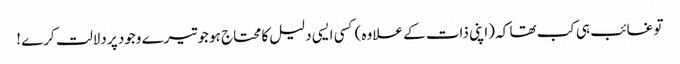
تو غائب ہی کب تھا کہ (اپنی ذات کے علاوہ) کسی ایسی دلیل کا محتاج ہو جو تیرے وجود پر دلالت کرے !